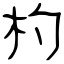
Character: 杓